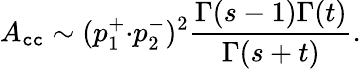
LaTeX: A_{\mathtt{c}\mathtt{c}}\sim(p_{1}^{+}{\cdot}p_{2}^{-})^{2}\frac{{\Gamma(s-1)\Gamma(t)}}{{\Gamma(s+t)}}.